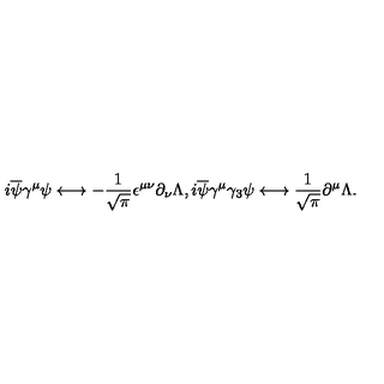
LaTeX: i \overline { { \psi } } \gamma ^ { \mu } \psi \longleftrightarrow - \frac { 1 } { \sqrt { \pi } } \epsilon ^ { \mu \nu } \partial _ { \nu } \Lambda , i \overline { { \psi } } \gamma ^ { \mu } \gamma _ { 3 } \psi \longleftrightarrow \frac { 1 } { \sqrt { \pi } } \partial ^ { \mu } \Lambda .